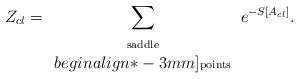
LaTeX: \begin{align*}Z_{cl} = \sum_{\begin{array}{c}\mbox{\scriptsize saddle}\\begin{align*}-3mm]\mbox{\scriptsize points} \end{array}} e^{- S [A_{cl}]}.\end{align*}